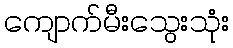
ကျောက်မီးသွေးသုံး